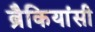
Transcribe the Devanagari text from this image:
ब्रैकियांसी